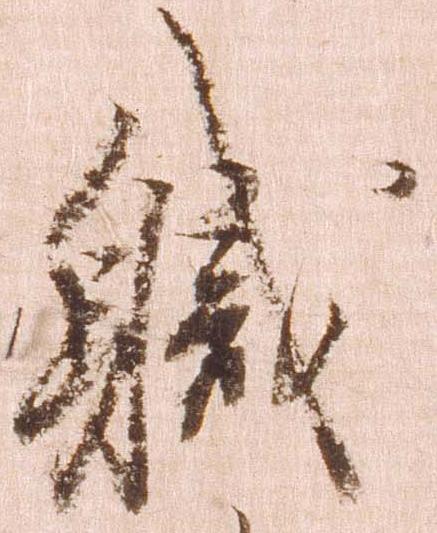
職